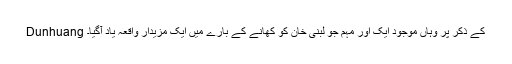
Dunhuang کے ذکر پر وہاں موجود ایک اور مہم جو لبنیٰ خان کو کھانے کے بارے میں ایک مزیدار واقعہ یاد آگیا۔